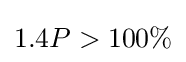
1.4P>100\%